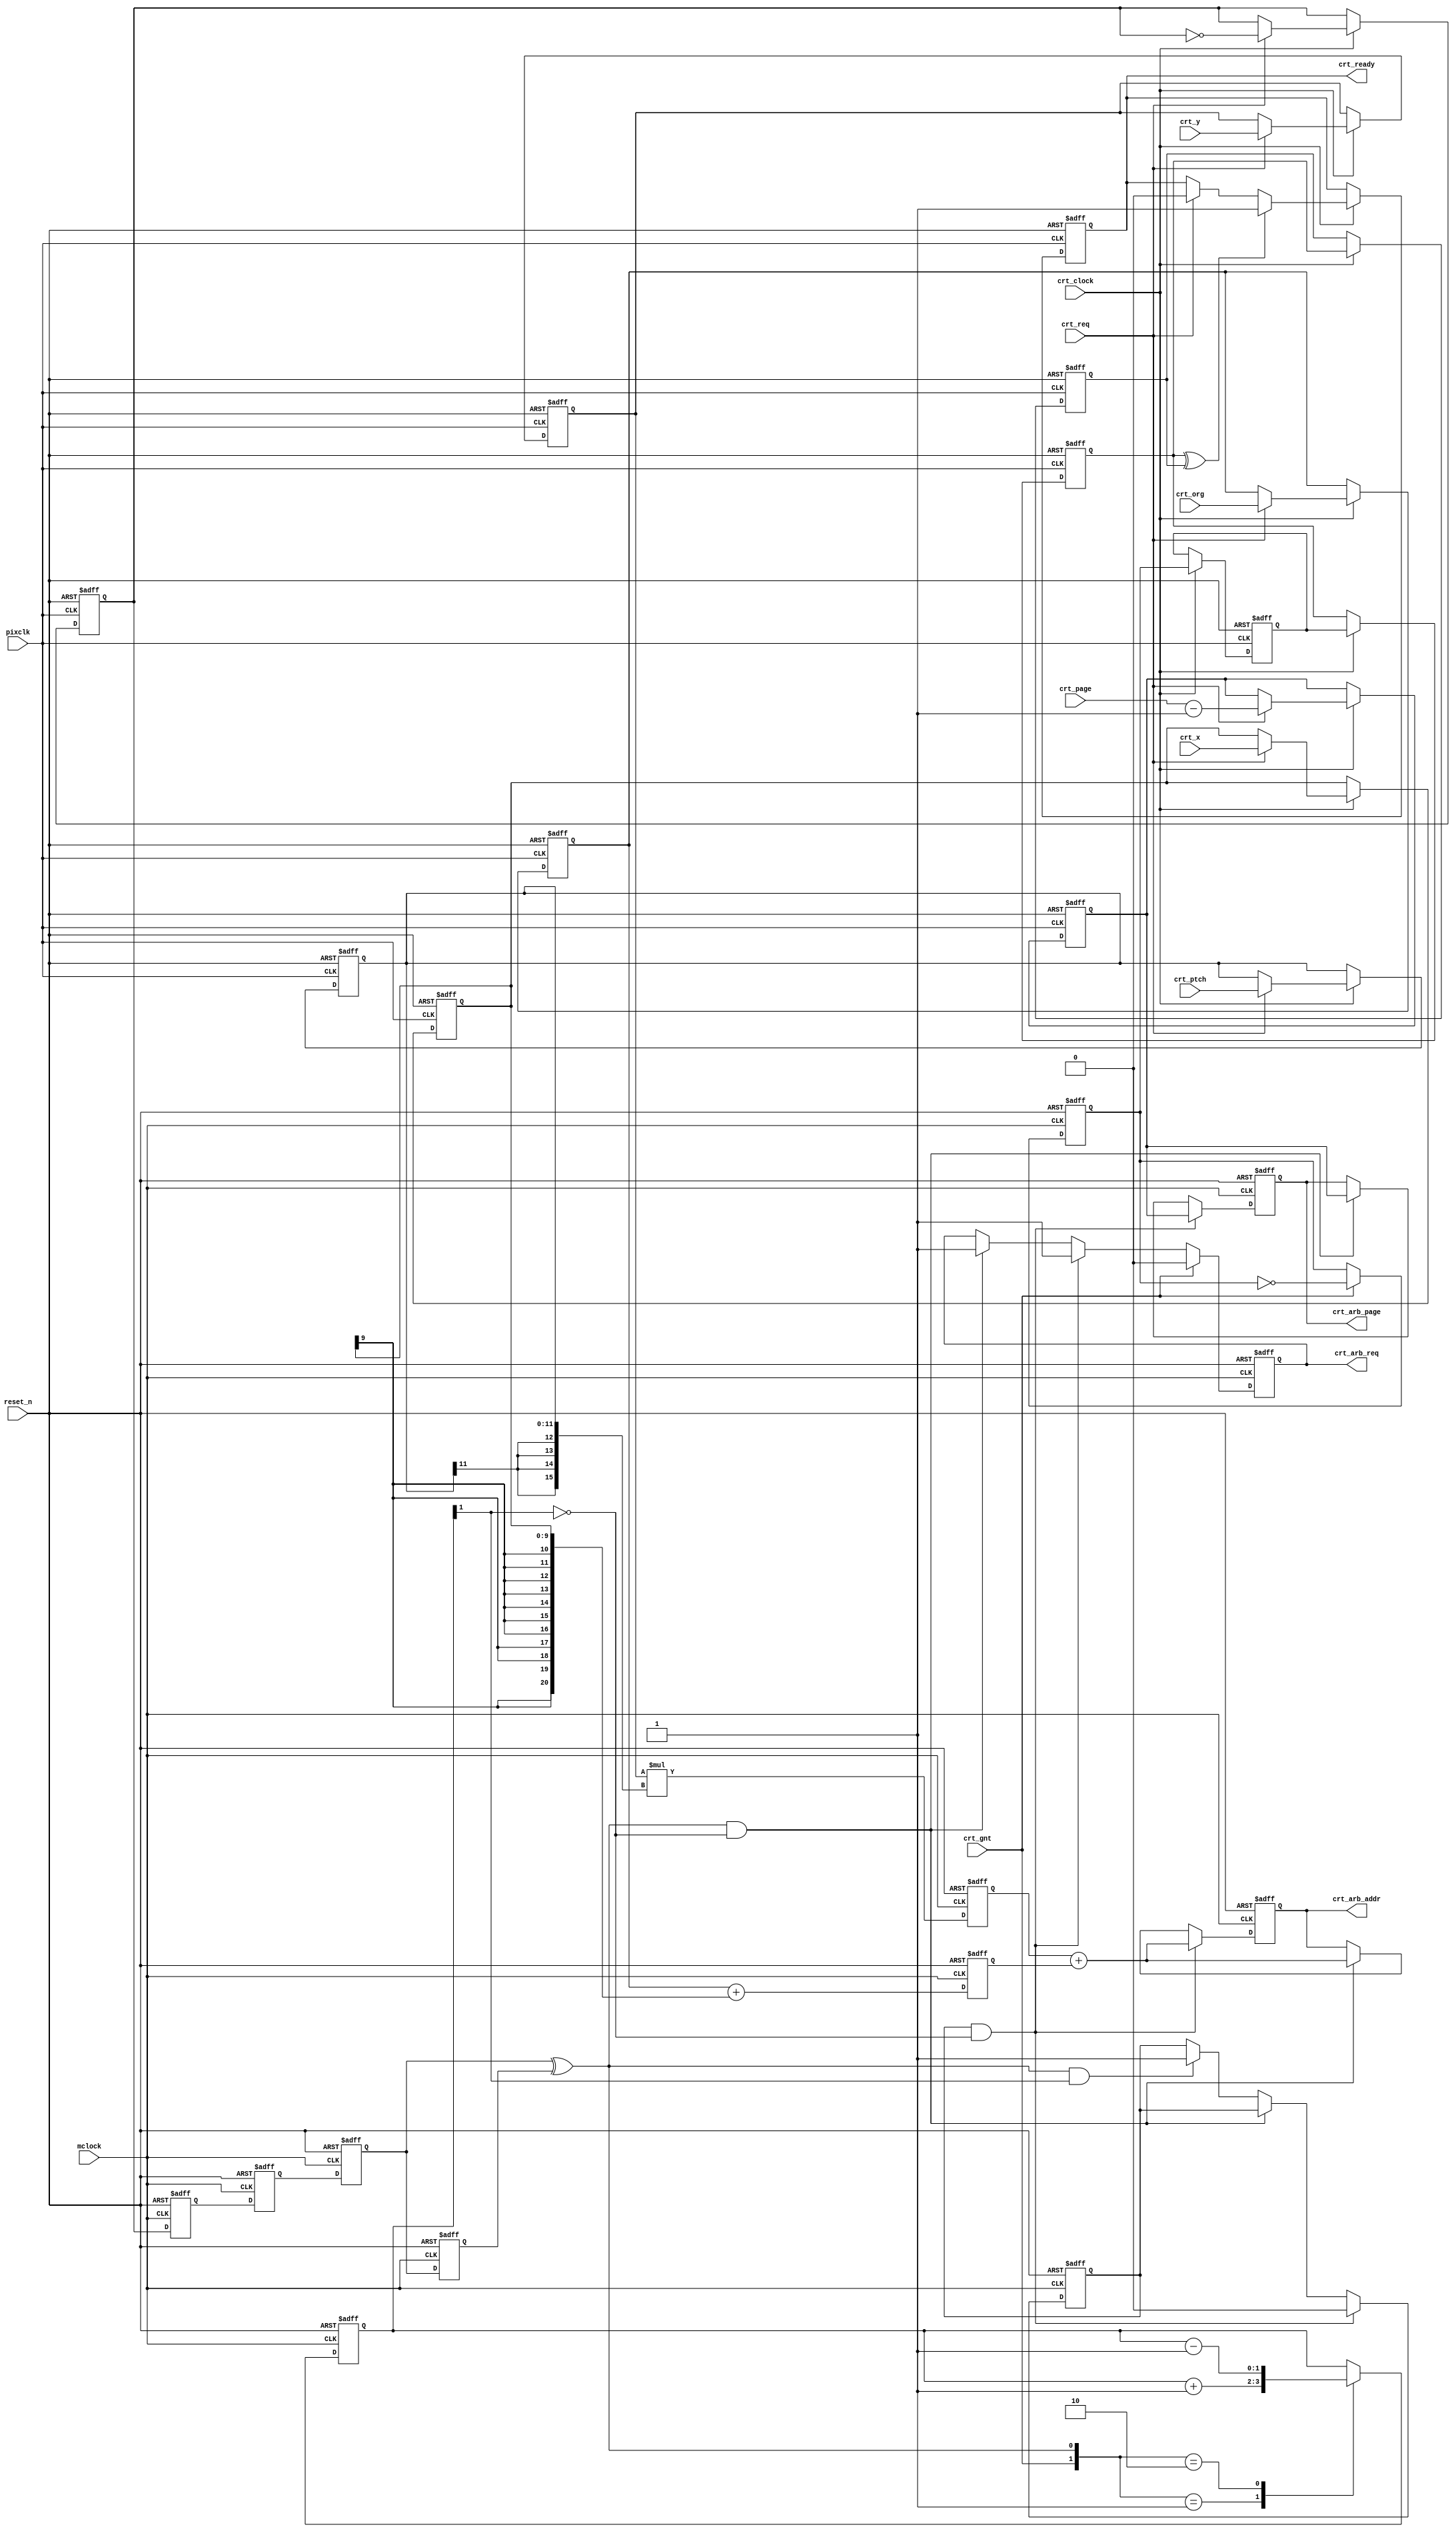
module mc_crt
  (
   input	      mclock,
   input	      reset_n,
   input              pixclk,
   input	      crt_clock,
   input	      crt_gnt,
   input	      crt_req,
   input [20:0]	      crt_org,
   input [4:0]	      crt_page,
   input [11:0]	      crt_ptch,
   input [9:0]	      crt_x,
   input [11:0]	      crt_y,
   
   output reg	      crt_ready,
   output reg	      crt_arb_req,
   output reg [4:0]   crt_arb_page,
   output reg [20:0]  crt_arb_addr
   );
  
  reg		capt_req;
  reg [20:0]	capt_org;
  reg [11:0]	capt_ptch;
  reg [9:0]	capt_x;
  reg [11:0]	capt_y;
  reg [4:0]	capt_page;

  reg		req_sync_m1, req_sync_1, req_sync_2, req_sync_3;
  reg		gnt_sync_1, gnt_sync_2, gnt_sync_3;
  reg [20:0] 	pmult, int_add;
  
  reg		final_grant; // patch signal, need to do real fix later
  reg [1:0] 	requests;
  reg 		hold_req;
  
  wire 		req_toggle;

  // Request capture logic and grant sync logic runs in crt_clock domain
  // Might we be able to get rid of that first set of capture registers? We 
  // could if we went to more of a request/grant interface where he keeps the 
  // data around until we grant him. His requests are so long that having a 
  // bunch of little requests in a row is not a problem.
  always @ (posedge pixclk or negedge reset_n) begin
    if(!reset_n) begin
      crt_ready <= 1'b1;
      capt_req  <= 1'b0;
      capt_org  <= 21'h0;
      capt_ptch <= 12'b0;
      capt_x    <= 10'b0;
      capt_y    <= 12'b0;
      capt_page <= 5'b0;
      gnt_sync_1<= 1'b0;
      gnt_sync_2<= 1'b0;
      gnt_sync_3<= 1'b0;
    end else if (crt_clock) begin
      if (crt_req) begin
	capt_req <= ~capt_req;
	capt_org <= crt_org;
	capt_ptch <= crt_ptch;
	capt_x <= crt_x;
	capt_y <= crt_y;
	// crt_page==0 is 32 pages, else just # pages
	capt_page <= crt_page - 5'b1;
	crt_ready <= 1'b0;
      end // if (crt_req==1'b1)
      
      gnt_sync_1 <= final_grant;
      gnt_sync_2 <= gnt_sync_1;
      gnt_sync_3 <= gnt_sync_2;
      if(gnt_sync_2 ^ gnt_sync_3) crt_ready <= 1'b1;
    end // else: !if(!reset_n)
  end // always @ (posedge crt_clock or negedge reset_n)

  assign req_toggle = req_sync_2 ^ req_sync_3;
  
  // Request synchronizers, translation logic and registers, and request FSM
  // runs in mclock domain.
  always @ (posedge mclock or negedge reset_n) begin
    if(!reset_n) begin
      // reset_n stuff
      crt_arb_req  <= 1'b0;
      final_grant  <= 1'b0; // this is now a toggle signal, I should rename it
      requests     <= 2'b0;
      hold_req     <= 1'b0;
      pmult        <= 21'b0;
      int_add      <= 21'b0;
      req_sync_m1  <= 1'b0;
      req_sync_1   <= 1'b0;
      req_sync_2   <= 1'b0;
      req_sync_3   <= 1'b0;
      crt_arb_req  <= 1'b0;
      crt_arb_page <= 5'b0;
      crt_arb_addr <= 21'b0;
    end else begin

      // Keep track of # of requests
      case ({crt_gnt, req_toggle})
	2'b01: requests <= requests + 2'b1;
	2'b10: requests <= requests - 2'b1;
      endcase
      
      // Cycle 1, calculate 1st half of pitch
      pmult <= (capt_y * {{4{capt_ptch[11]}}, capt_ptch});
//      pmult <= (capt_y << 8);
      int_add <= (capt_org + {{11{capt_x[9]}}, capt_x});
      
      // Synchronize crt requests
      req_sync_m1 <= capt_req; // this is a toggle signal, I should rename it
      req_sync_1 <= req_sync_m1;
      req_sync_2 <= req_sync_1;
      req_sync_3 <= req_sync_2;

      // When we get a request, we translate address, etc
      // we better not get another request until this one ends, thus the sync
      // logic, ready signal
      if (hold_req && ~&requests[1]) begin
	hold_req <= 0;
	crt_arb_req <= 1'b1;
	crt_arb_page <= capt_page;
	crt_arb_addr <= pmult + int_add;
      end else if(req_toggle && ~&requests[1]) begin
	crt_arb_req <= 1'b1;
	crt_arb_page <= capt_page;
	crt_arb_addr <= pmult + int_add;
      end else if(req_toggle && (&requests[1])) begin
	hold_req <= 1;
      end // if (req_sync_2==1'b1 && req_sync_3==1'b0)

      if(crt_gnt) begin
	crt_arb_req <= 1'b0;
	final_grant <= ~final_grant;
      end // if (crt_gnt==1'b1)

    end // else: !if(!reset_n)
  end // always @ (posedge mclock or negedge reset_n)

endmodule